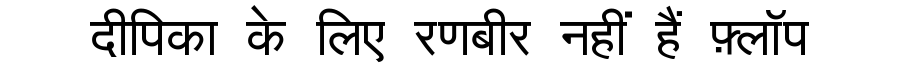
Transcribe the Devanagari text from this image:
दीपिका के लिए रणबीर नहीं हैं फ़्लॉप